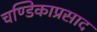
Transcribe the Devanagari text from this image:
चण्डिकाप्रसाद